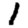
Digit: 1